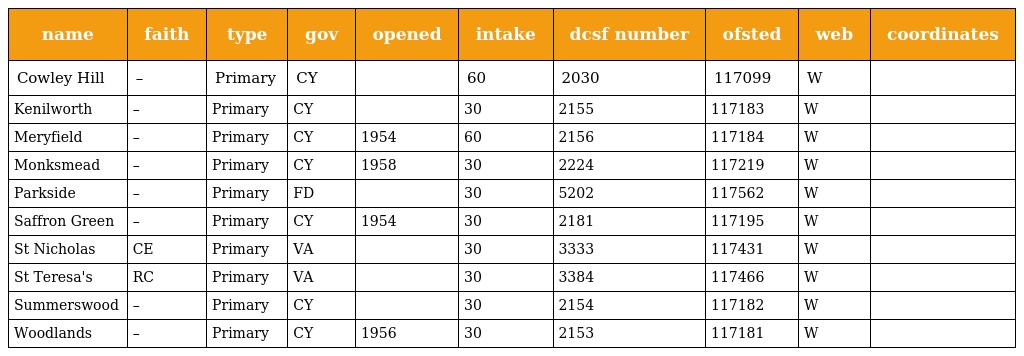
| name | faith | type | gov | opened | intake | dcsf number | ofsted | web | coordinates |
 | --- | --- | --- | --- | --- | --- | --- | --- | --- | --- |
 | Cowley Hill | – | Primary | CY |  | 60 | 2030 | 117099 | W |  |
 | Kenilworth | – | Primary | CY |  | 30 | 2155 | 117183 | W |  |
 | Meryfield | – | Primary | CY | 1954 | 60 | 2156 | 117184 | W |  |
 | Monksmead | – | Primary | CY | 1958 | 30 | 2224 | 117219 | W |  |
 | Parkside | – | Primary | FD |  | 30 | 5202 | 117562 | W |  |
 | Saffron Green | – | Primary | CY | 1954 | 30 | 2181 | 117195 | W |  |
 | St Nicholas | CE | Primary | VA |  | 30 | 3333 | 117431 | W |  |
 | St Teresa's | RC | Primary | VA |  | 30 | 3384 | 117466 | W |  |
 | Summerswood | – | Primary | CY |  | 30 | 2154 | 117182 | W |  |
 | Woodlands | – | Primary | CY | 1956 | 30 | 2153 | 117181 | W |  |